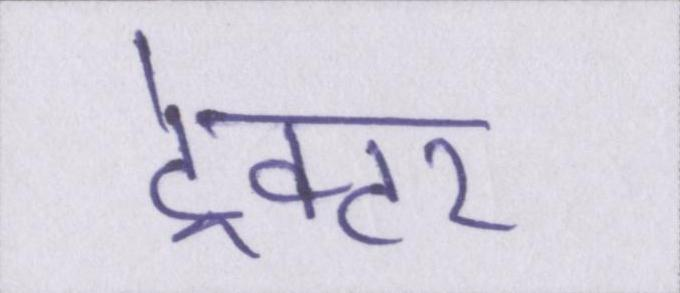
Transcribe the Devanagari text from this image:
ट्रेक्टर